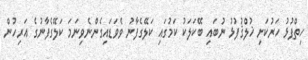
ހިތްޕުޅު ހަރުކަށި ޚުލްޤުފުޅު ނުބައި ބޭކަލަކު ކަމުގައި ކަލޭގެފާނު ވެވަޑައިގެންނެވިނަމަ ކަލޭގެފާނުގެ އަރިހުން